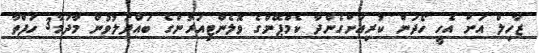
ޒާހިލް އަށް އެހީ ހޯދަން ކުރިއަށްގެންދާ ކެމްޕޭންގެ ވޮލެންޓިއަރުންގެ ބައްދަލުވުން މާދަމާ3 ހަފްތާ